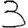
Digit: 3